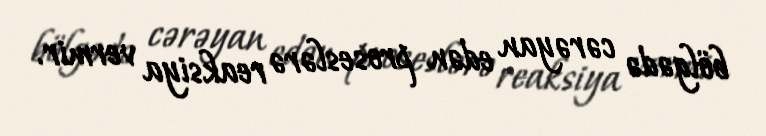
bölgədə cərəyan edən proseslərə reaksiya vermir.